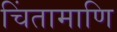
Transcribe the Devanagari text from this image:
चिंतामाणि